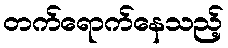
တက်ရောက်နေသည့်